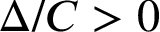
\Delta / C > 0